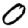
Digit: 0